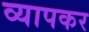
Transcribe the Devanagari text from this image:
व्यापकर